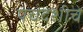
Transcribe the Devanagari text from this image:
पंचदशीचे